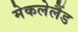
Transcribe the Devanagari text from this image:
मेकलेलैंड